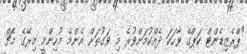
"ޕްރެޒިޑެންޓް ކަޕްގެ ވާހަކަ ދެއްކުމަށްވުރެ މި ވަގުތަށް އެންމެ މުހިންމީ މިރޭގެ މެޗް